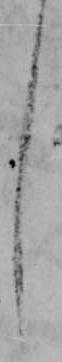
し